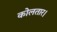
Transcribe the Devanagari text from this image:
कोलतार।